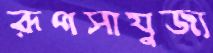
রূপসাযুজ্য